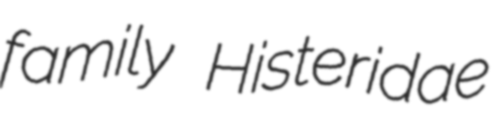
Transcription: family Histeridae